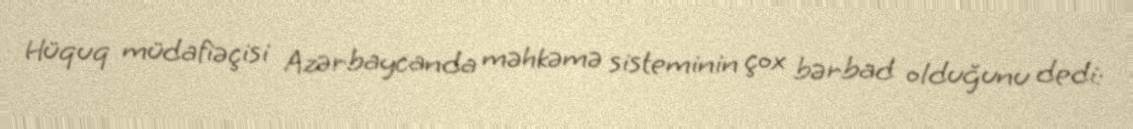
Hüquq müdafiəçisi Azərbaycanda məhkəmə sisteminin çox bərbad olduğunu dedi: